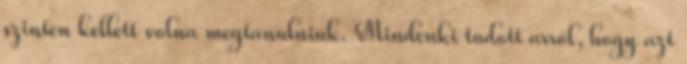
szinten kellett volna megtanulniuk. Mindenki tudott arról, hogy azt